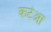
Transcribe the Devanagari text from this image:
कटेआ